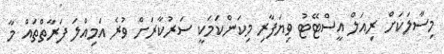
މިސާލަކަށް ރިއަލް އީސްޓޭޓު ވިޔަފާރި މިކަންކަމަކީ ސަރުކާރަށް ވުރެ އަމިއްލަ ފަރާތްތައް މާ